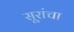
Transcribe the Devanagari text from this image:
सूरांचा